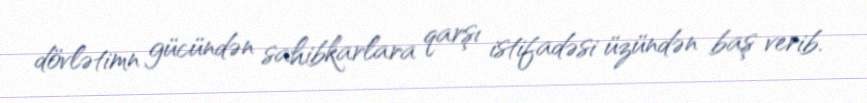
dövlətimn gücündən sahibkarlara qarşı istifadəsi üzündən baş verib.